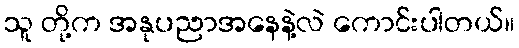
သူ တို့က အနုပညာအနေနဲ့လဲ ကောင်းပါတယ်။